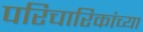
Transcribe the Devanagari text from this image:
परिचारिकांच्या